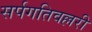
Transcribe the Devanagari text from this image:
सर्पगतिवल्लरी